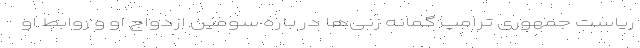
ریاست جمهوری ترامپ گمانه زنی‌ها در باره سومین ازدواج او و روابط او